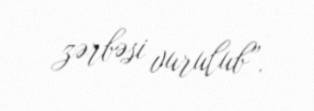
zərbəsi vurulub”.